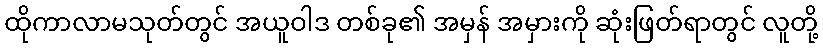
ထိုကာလာမသုတ်တွင် အယူဝါဒ တစ်ခု၏ အမှန် အမှားကို ဆုံးဖြတ်ရာတွင် လူတို့